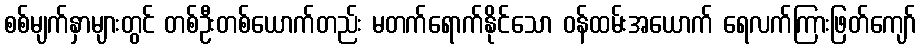
စစ်မျက်နှာများတွင် တစ်ဦးတစ်ယောက်တည်း မတက်ရောက်နိုင်သော ဝန်ထမ်းအယောက် ရေလက်ကြားဖြတ်ကျော်